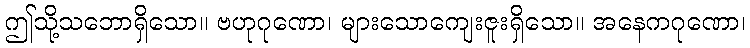
ဤသို့သဘောရှိသော။ ဗဟုဂုဏော၊ များသောကျေးဇူးရှိသော။ အနေကဂုဏော၊